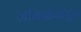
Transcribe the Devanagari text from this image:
जनिनीपासून